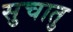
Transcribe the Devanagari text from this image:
सुचातु